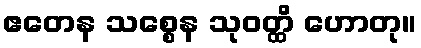
ဧတေန သစ္စေန သုဝတ္ထိ ဟောတု။